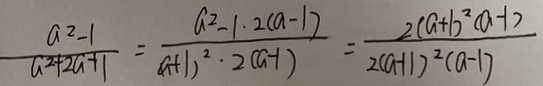
\frac { a ^ { 2 } - 1 } { a ^ { 2 } + 2 a + 1 } = \frac { a ^ { 2 } - 1 \cdot 2 ( a - 1 ) } { ( a + 1 ) ^ { 2 } \cdot 2 ( a - 1 ) } = \frac { 2 ( a + 1 ) ^ { 2 } ( a - 1 ) } { 2 ( a + 1 ) ^ { 2 } ( a - 1 ) }